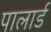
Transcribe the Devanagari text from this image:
पालार्ड